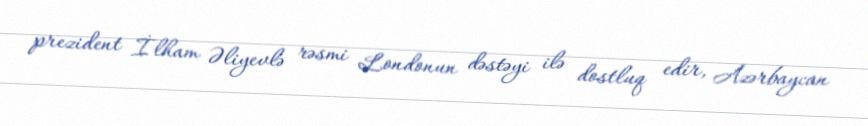
prezident İlham Əliyevlə rəsmi Londonun dəstəyi ilə dostluq edir, Azərbaycan